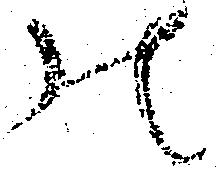
の